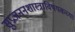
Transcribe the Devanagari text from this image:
सुप्रजननशास्त्राविषयकच्या